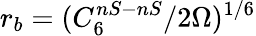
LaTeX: r_{b}=(C_{6}^{nS-nS}/2\Omega)^{1/6}